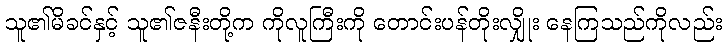
သူ၏မိခင်နှင့် သူ၏ဇနီးတို့က ကိုလူကြီးကို တောင်းပန်တိုးလျှိုး နေကြသည်ကိုလည်း